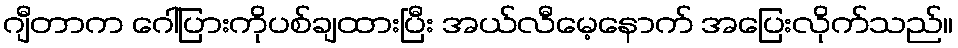
ဂျီတာက ဂေါ်ပြားကိုပစ်ချထားပြီး အယ်လီမေ့နောက် အပြေးလိုက်သည်။